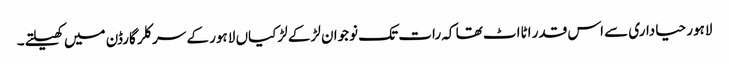
لاہور حیاداری سے اس قدر اٹااٹ تھا کہ رات تک نوجوان لڑکے لڑکیاں لاہور کے سرکلر گارڈن میں کھیلتے۔